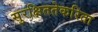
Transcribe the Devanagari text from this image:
सुरक्षिततेकरिता